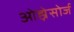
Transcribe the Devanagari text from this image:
ओह्नेसोर्ज